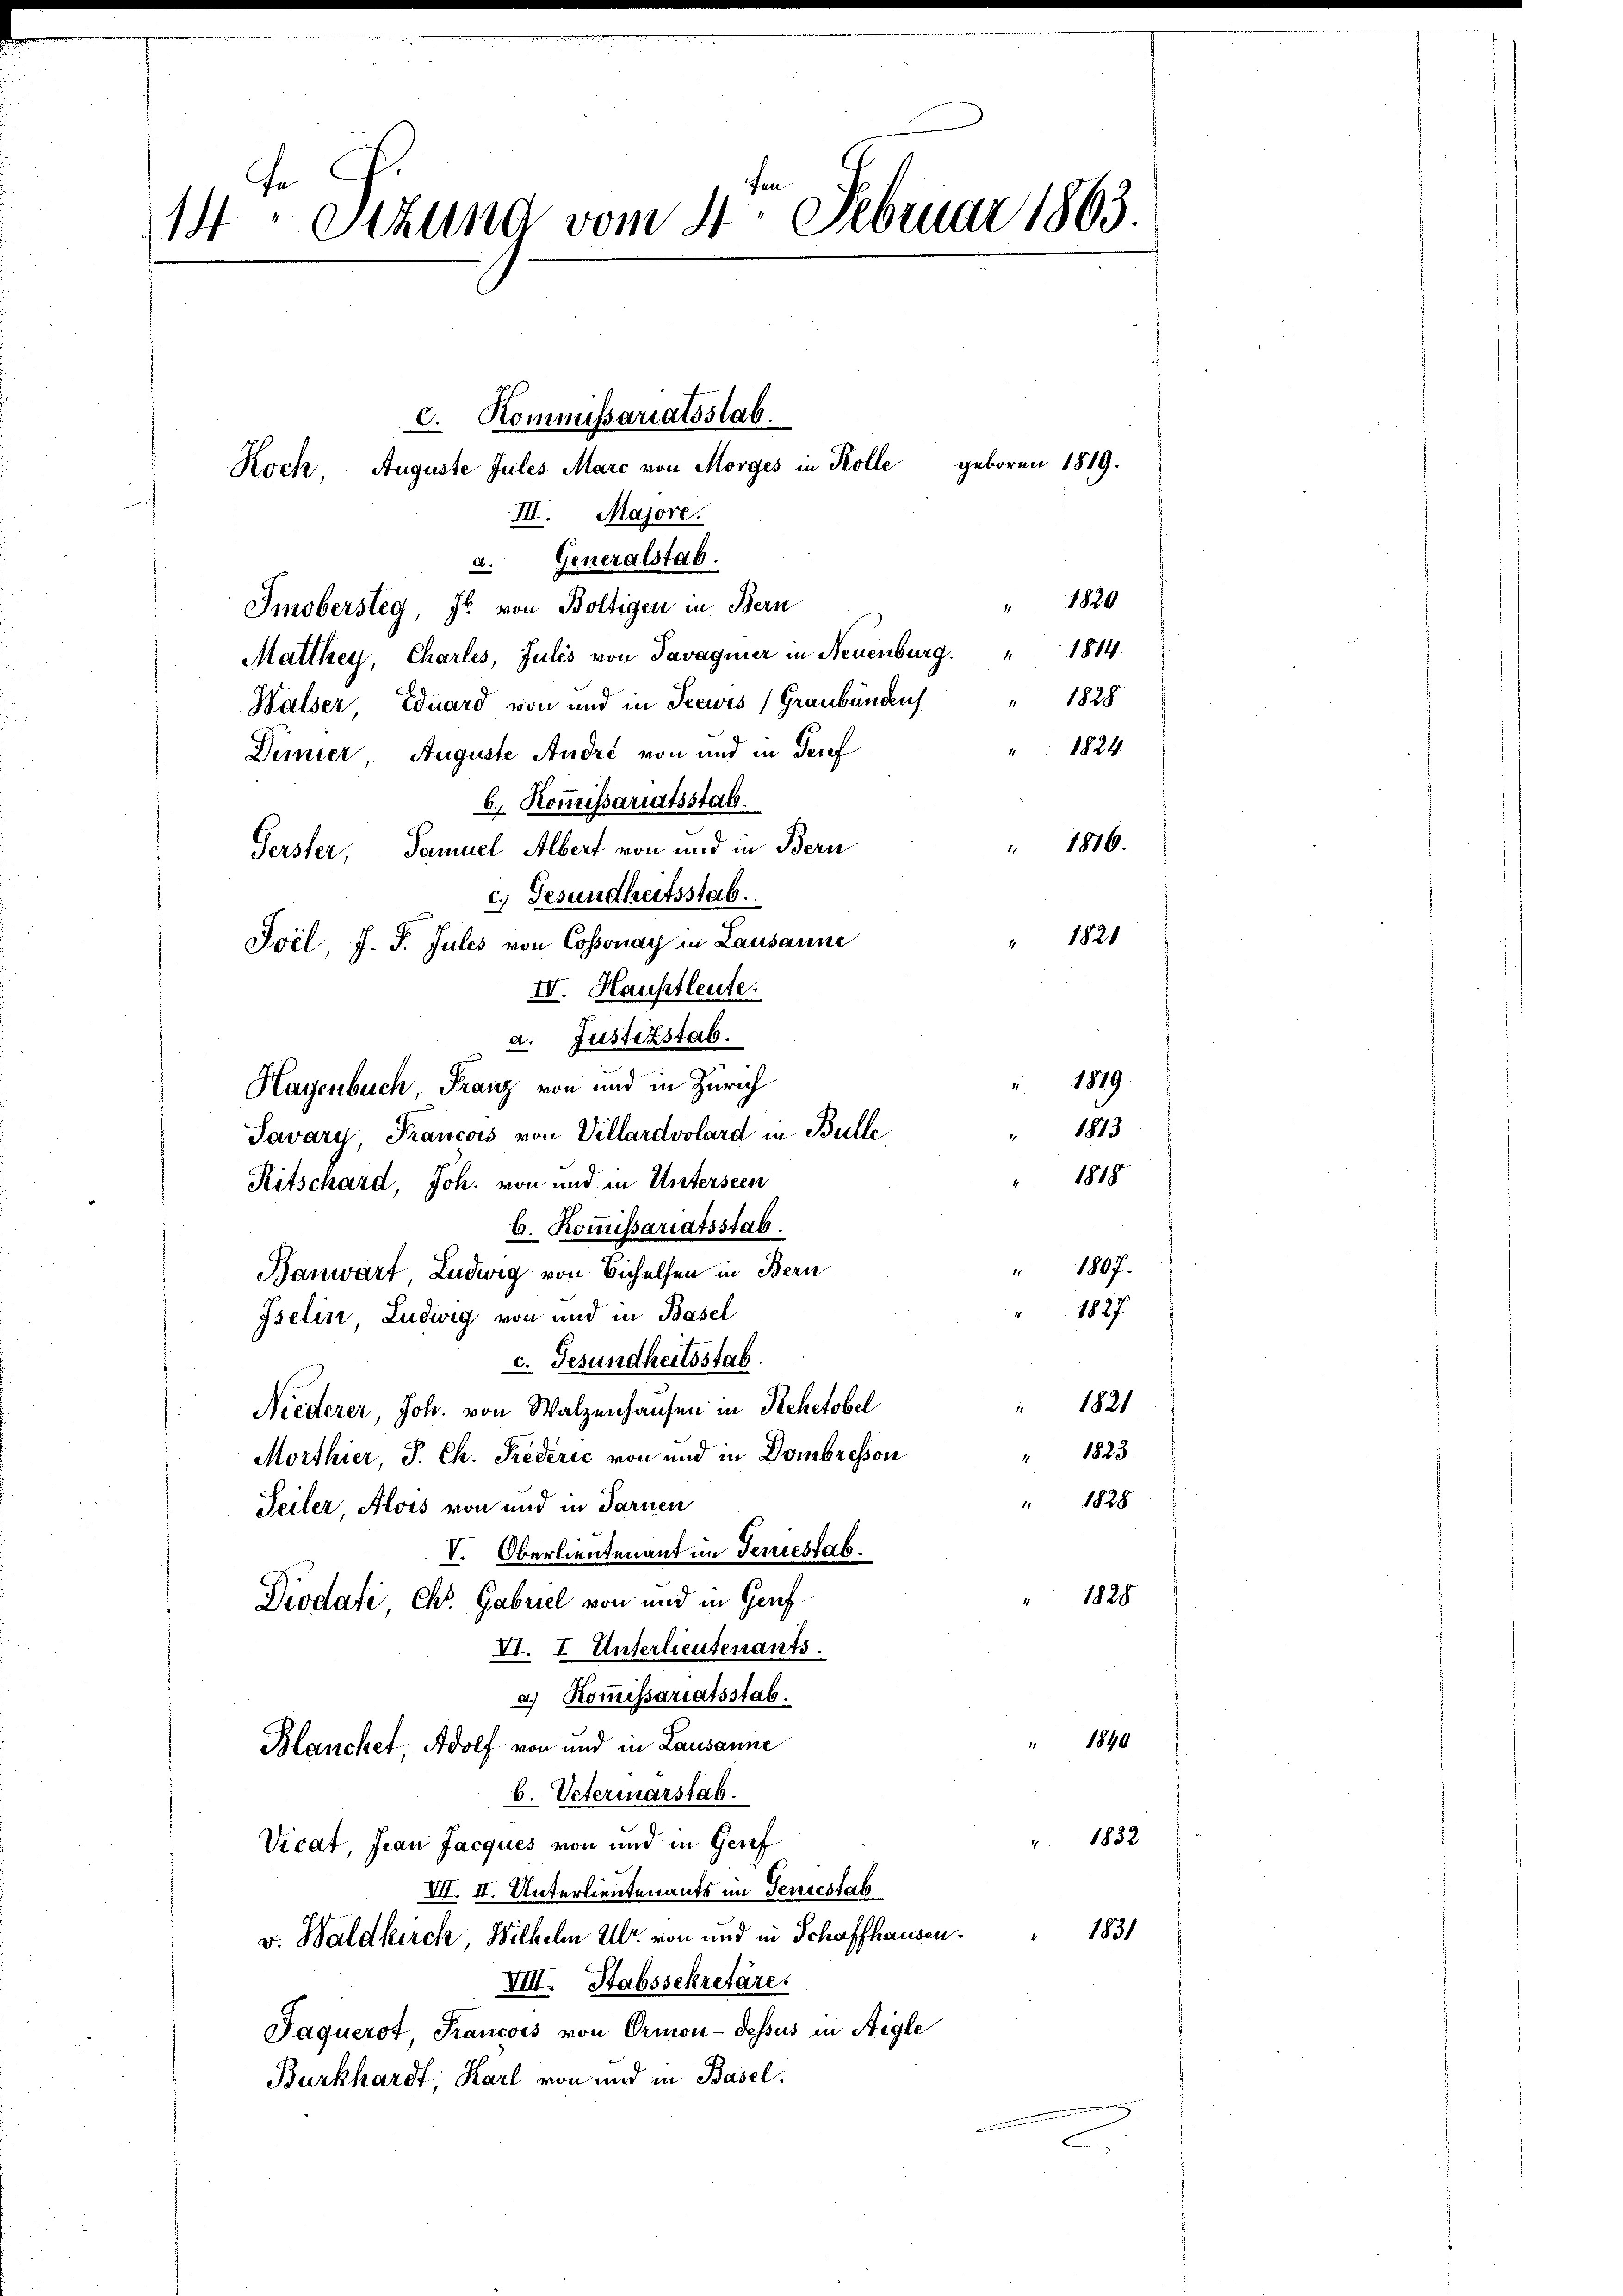
14 Stund vom 4. Februar 1863

c. Kommissariatsstab.
Koch, Auguste Jules Marc von Morges in Kolle geboren 1819.
s
III. Majore.
a. Generalstab.
" 1820
Imobersteg, J. von Boltigen in Bern
Matthey, Charles, Julés von Savagnier in Neuenburg. " 1814
1888
Walser, Eduard von und in Seewis (Graubündich
1824.
Denier, Auguste André von und in Teref
b. Kommissariatsstab.
" 1816.
Gerster, Samuel Albert von und in Bern
c. Gesundheitsstab.
1821
Joil, J. J. Jules von Cossonay in Lausanne
III. Hausstleute.
a. Justizstab.
1879
Hagenbuch, Franz von und in Zürich
1813
Pavary, Francois von Villardvolard in Bulle
1878
Ritschard, Joh. von und in Unterseen
b. Kommissariatsstab.
1807.
Banwart Ludwig von Sichelsen in Bern
1827
Iselin Ludwig von und in Basel
c. Gesundheitsstab
 1821
Niederer, Joh. von Walzenhausen in Rehetobel
1823
1
Morthier, J. Ch. Rederić von und in Dombresson
" 1828
Teiler, Alois von und in Tarnen
V. Oberlieutenant im Feriestab.
1828
Diodati Chr. Gabriel von und in Genf
VI. I Unterlieutenants.
a.) Kommissariatsstab.
1840
Blanchet, Adolf von und in Lausanne
b. Veterinarstab.
" 1832
Vicat, Frau Jacques von und in Genf
VII. II. Unterlieutenants im Sentestab
1831
v. Waldkirch, Wilhelm II. von und in Schaffhausen.
VIII. Stabssekretäre
Jaquerst Francois von Ormon-dessus in Aigle
Burkhardt, Karl von und in Basel.